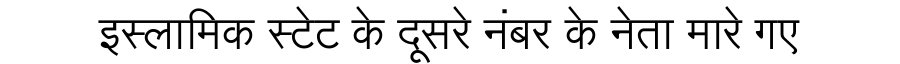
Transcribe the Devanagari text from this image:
इस्लामिक स्टेट के दूसरे नंबर के नेता मारे गए